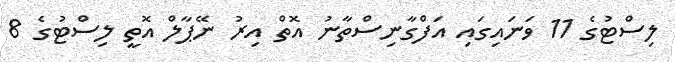
ލިސްޓުގެ 11 ވަނައިގައި އަފްގާނިސްތާނު އޮތް އިރު ނޭޕާލް އޮތީ ލިސްޓުގެ 8